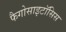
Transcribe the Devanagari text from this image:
फैगोसाइटॉसिस